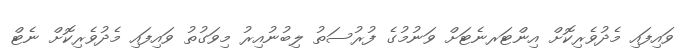
ވައިފައި މެދުވެރިކޮށް އިންޓަރނެޓަށް ވަނުމުގެ ފުރުސަތު ލިބުނުއިރު މިވަގުތު ވައިފައި މެދުވެރިކޮށް ނެޓް